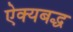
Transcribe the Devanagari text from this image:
ऐक्यबद्ध